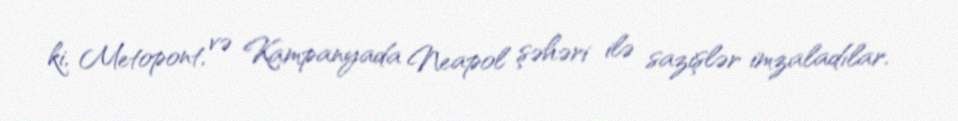
ki, Metopont, və Kampanyada Neapol şəhəri ilə sazişlər imzaladılar.